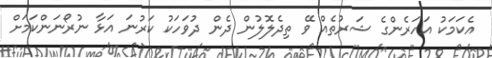
އެކަމަކު އަހަރެންގެ ޝަރުތެއް ވޭ ތިދެލޮލުން ދެން ދުވަހަކު ކަރުނަ އަޅާ ނުރޯނަންކަމަށް